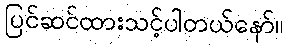
ပြင်ဆင်ထားသင့်ပါတယ်နော်။